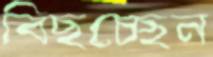
বিছচ্ছেন